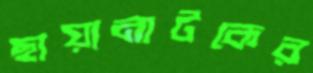
ছায়ানাটকের